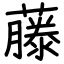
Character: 藤